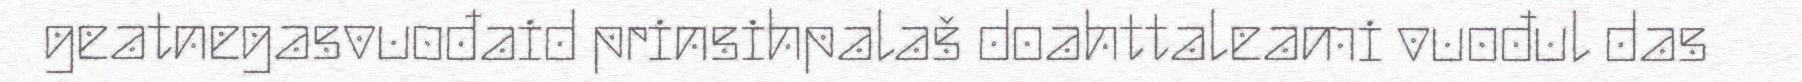
geatnegasvuođaid prinsihpalaš doahttaleami vuođul das